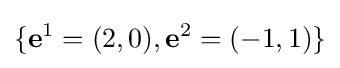
\{\mathbf {e} ^{1}=(2,0),\mathbf {e} ^{2}=(-1,1)\}